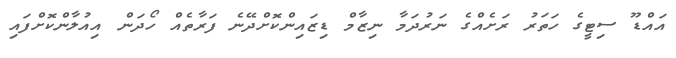
އައްޑޫ ސިޓީގެ ހަތަރު ރަށެއްގެ ނަރުދަމާ ނިޒާމް ޑިޒައިންކޮށްދޭނެ ފަރާތެއް ހޯދަން އިއުލާންކޮށްފައި